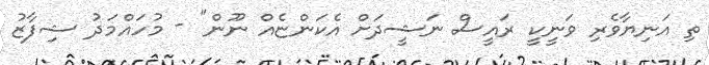
ތި އަނިޔާވެރި ވަނީކީ ރައީސް ނަޝީދަށް އެކަންޏެއް ނޫން" - މުހައްމަދު ޝިފާޒު